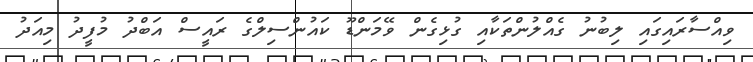
ވިއްސާރައިގައި ލިބުނު ގެއްލުންތަކާއި ގުޅިގެން ވޭމަންޑޫ ކައުންސިލްގެ ރައީސް އަބްދު މުފީދު މިއަދު